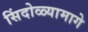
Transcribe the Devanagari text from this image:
सिंदोळ्यामागे